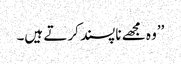
’’وہ مجھے ناپسند کرتے ہیں۔